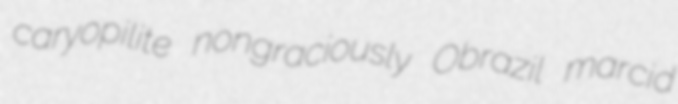
caryopilite nongraciously Obrazil marcid